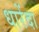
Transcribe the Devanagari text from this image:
धारेंदा